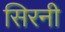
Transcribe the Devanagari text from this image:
सिरनी